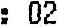
: 02